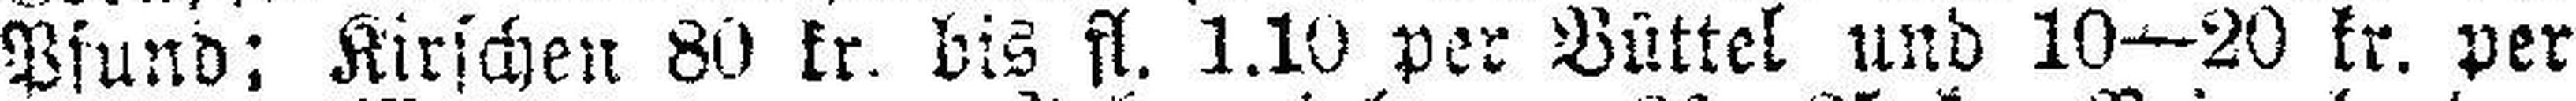
Pfund; Kirschen 80 kr. bis fl. 1.10 per Büttel und 10—20 kr. per